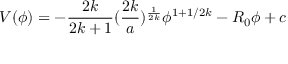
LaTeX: V ( \phi ) = - { \frac { 2 k } { 2 k + 1 } } ( { \frac { 2 k } { a } } ) ^ { \frac { 1 } { 2 k } } \phi ^ { 1 + 1 / 2 k } - R _ { 0 } \phi + c